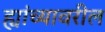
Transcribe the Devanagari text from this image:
ह्यांच्यावरील